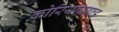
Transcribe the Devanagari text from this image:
कोरियाग्राफ्ड